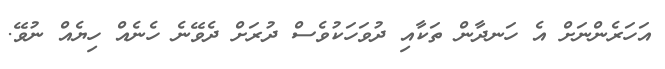
އަހަރެންނަށް އެ ހަނދާން ތަކާއި ދުވަހަކުވެސް ދުރަށް ދެވޭނެ ހެނެއް ހިޔެއް ނުވޭ.